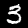
Digit: 3